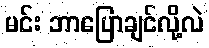
မင်း ဘာပြောချင်လို့လဲ